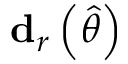
\mathbf { d } _ { r } \left( { \widehat { \theta } } \right)